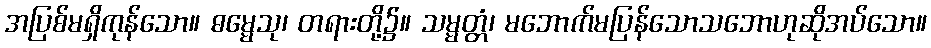
အပြစ်မရှိကုန်သော။ ဓမ္မေသု၊ တရားတို့၌။ သမ္မတ္တံ၊ မဘောက်မပြန်သောသဘောဟုဆိုအပ်သော။